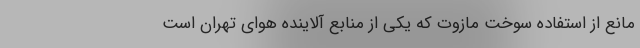
مانع از استفاده سوخت مازوت که یکی از منابع آلاینده هوای تهران است